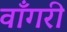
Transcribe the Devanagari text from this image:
वाँगरी